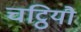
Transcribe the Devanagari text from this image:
चट्ठियौ